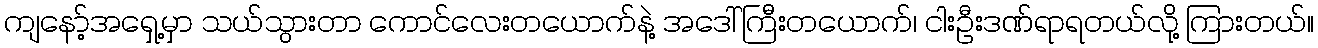
ကျနော့်အရှေ့မှာ သယ်သွားတာ ကောင်လေးတယောက်နဲ့ အဒေါ်ကြီးတယောက်၊ ငါးဦးဒဏ်ရာရတယ်လို့ ကြားတယ်။